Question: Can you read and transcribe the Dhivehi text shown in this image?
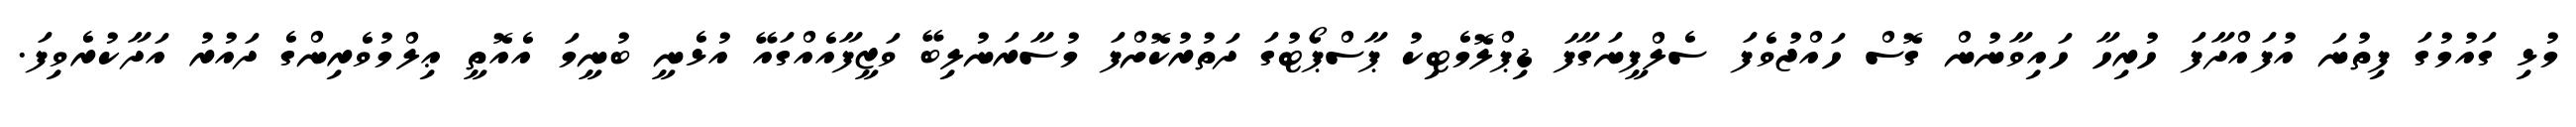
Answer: މުޅި ގައުމުގަ ފިތުނަ އުފައްދާފަ ހުރިހާ ހައިވާނުން ގޮސް ހައްޖުވެފަ ސެލްފީނަގާފަ ޑިޕްލޮމެޓިކު ޕާސްޕޯޓުގަ ދަތުރުކޮށްފަ މުސާރަނުލިބޭ ވަޒީފާއެއްގައޭ އުޅެނީ ބުނީމަ އެއޮތީ ޢިލްމުވެރިންގެ ދައުރު އަދާކުރެވިފަ.